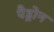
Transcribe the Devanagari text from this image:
पैड्रोन